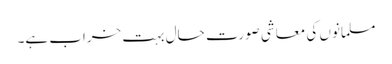
مسلمانوں کی معاشی صورت حال بہت خراب ہے۔